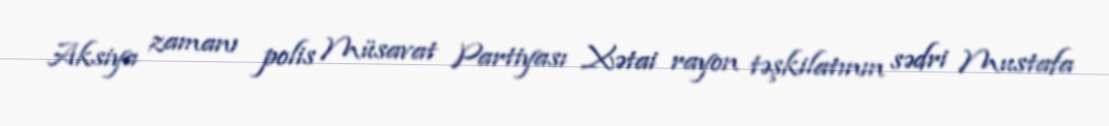
Aksiya zamanı polis Müsavat Partiyası Xətai rayon təşkilatının sədri Mustafa